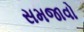
સમજાવો